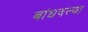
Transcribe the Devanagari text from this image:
बांधवल्या